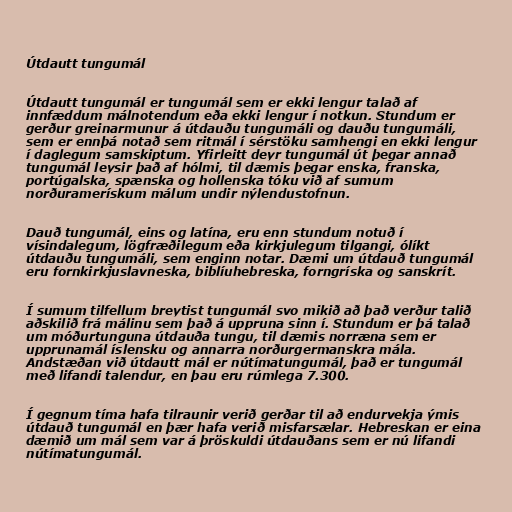
Útdautt tungumál

Útdautt tungumál er tungumál sem er ekki lengur talað af
innfæddum málnotendum eða ekki lengur í notkun. Stundum er
gerður greinarmunur á útdauðu tungumáli og dauðu tungumáli,
sem er ennþá notað sem ritmál í sérstöku samhengi en ekki lengur
í daglegum samskiptum. Yfirleitt deyr tungumál út þegar annað
tungumál leysir það af hólmi, til dæmis þegar enska, franska,
portúgalska, spænska og hollenska tóku við af sumum
norðuramerískum málum undir nýlendustofnun.

Dauð tungumál, eins og latína, eru enn stundum notuð í
vísindalegum, lögfræðilegum eða kirkjulegum tilgangi, ólíkt
útdauðu tungumáli, sem enginn notar. Dæmi um útdauð tungumál
eru fornkirkjuslavneska, biblíuhebreska, forngríska og sanskrít.

Í sumum tilfellum breytist tungumál svo mikið að það verður talið
aðskilið frá málinu sem það á uppruna sinn í. Stundum er þá talað
um móðurtunguna útdauða tungu, til dæmis norræna sem er
upprunamál íslensku og annarra norðurgermanskra mála.
Andstæðan við útdautt mál er nútímatungumál, það er tungumál
með lifandi talendur, en þau eru rúmlega 7.300.

Í gegnum tíma hafa tilraunir verið gerðar til að endurvekja ýmis
útdauð tungumál en þær hafa verið misfarsælar. Hebreskan er eina
dæmið um mál sem var á þröskuldi útdauðans sem er nú lifandi
nútímatungumál.